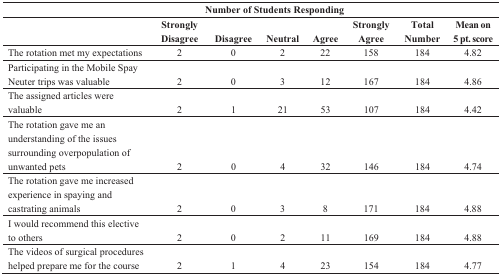
<table><thead><tr><td></td><td colspan="5"><b>Number of Students Responding</b></td><td></td><td></td></tr><tr><td></td><td><b>Strongly Disagree</b></td><td><b>Disagree</b></td><td><b>Neutral</b></td><td><b>Agree</b></td><td><b>Strongly Agree</b></td><td><b>Total Number</b></td><td><b>Mean on 5 pt. score</b></td></tr></thead><tbody><tr><td>The rotation met my expectations</td><td>2</td><td>0</td><td>2</td><td>22</td><td>158</td><td>184</td><td>4.82</td></tr><tr><td>Participating in the Mobile Spay Neuter trips was valuable</td><td>2</td><td>0</td><td>3</td><td>12</td><td>167</td><td>184</td><td>4.86</td></tr><tr><td>The assigned articles were valuable</td><td>2</td><td>1</td><td>21</td><td>53</td><td>107</td><td>184</td><td>4.42</td></tr><tr><td>The rotation gave me an understanding of the issues surrounding overpopulation of unwanted pets</td><td>2</td><td>0</td><td>4</td><td>32</td><td>146</td><td>184</td><td>4.74</td></tr><tr><td>The rotation gave me increased experience in spaying and castrating animals</td><td>2</td><td>0</td><td>3</td><td>8</td><td>171</td><td>184</td><td>4.88</td></tr><tr><td>I would recommend this elective to others</td><td>2</td><td>0</td><td>2</td><td>11</td><td>169</td><td>184</td><td>4.88</td></tr><tr><td>The videos of surgical procedures helped prepare me for the course</td><td>2</td><td>1</td><td>4</td><td>23</td><td>154</td><td>184</td><td>4.77</td></tr></tbody></table>